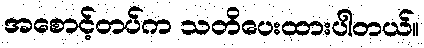
အစောင့်တပ်က သတိပေးထားပါတယ်။